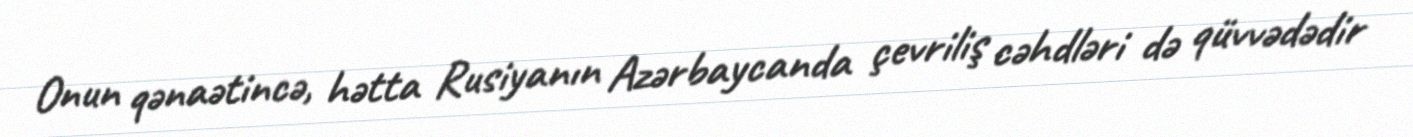
Onun qənaətincə, hətta Rusiyanın Azərbaycanda çevriliş cəhdləri də qüvvədədir